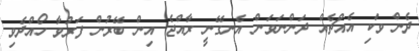
ދެން ވަކި އެއްޗެއް ދަންނަވަން އެނގޭނީ ރާއްޖެ އިން ބޭރުން ފަރުވާ ހޯއްދެވި